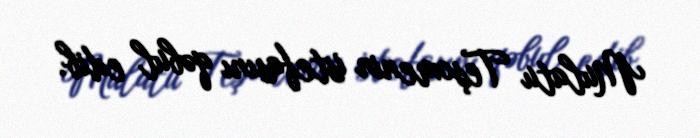
Mulatu Teşomenin istefasını qəbul edib.